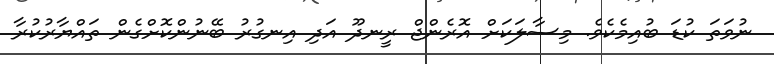
ނުވަތަ ކުޑަ ބުއިމެކެވެ. މިސާލަކަށް އޮރެންޖް ރީނދޫ އަދި އިނގުރު ބޭނުންކޮށްގެން ތައްޔާރުކުރާ